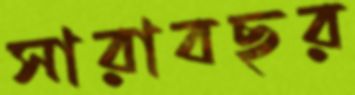
সারাবছর